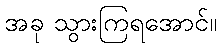
အခု သွားကြရအောင်။